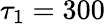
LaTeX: \tau_{1}=300